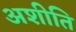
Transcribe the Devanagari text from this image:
अशीति